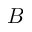
B